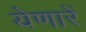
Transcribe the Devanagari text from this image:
येणारें